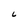
Character: C